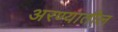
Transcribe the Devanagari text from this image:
अरण्यातील